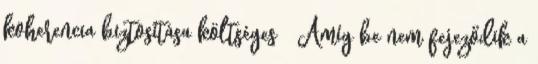
koherencia biztosítása költséges ● Amíg be nem fejeződik a